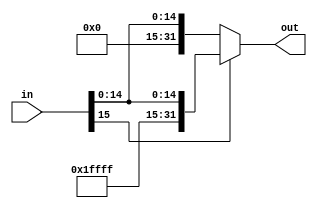
module sign_extend(out, in);

input [15:0] in;
output reg [31:0] out;

always @ (in)
begin
	if(in[15])
		out = {16'hffff, in};
	else
		out = {16'h0000, in};
end
endmodule